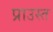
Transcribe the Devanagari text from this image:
प्राउस्त